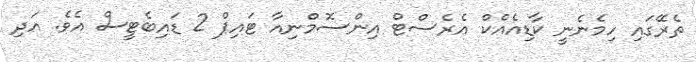
ތެރޭގައި ހިމެނެނީ ކާޑިއެއްކް އެރެސްޓް އިންސޮމްނިއާ ޓައިޕް 2 ޑައިބެޓީސް އެވެ. އަދި